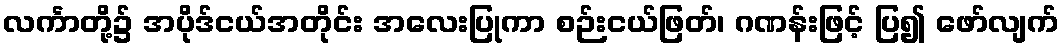
လင်္ကာတို့၌ အပိုဒ်ငယ်အတိုင်း အလေးပြုကာ စဉ်းငယ်ဖြတ်၊ ဂဏန်းဖြင့် ပြ၍ ဖော်လျက်